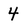
Character: 4